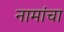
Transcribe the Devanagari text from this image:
नामांचा